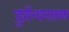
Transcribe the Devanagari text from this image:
दुर्गन्धनाशक